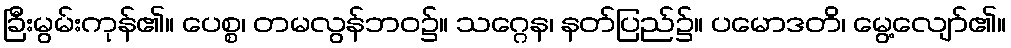
ခြီးမွမ်းကုန်၏။ ပေစ္စ၊ တမလွန်ဘဝ၌။ သဂ္ဂေန၊ နတ်ပြည်၌။ ပမောဒတိ၊ မွေ့လျော်၏။